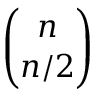
\binom { n } { n / 2 }